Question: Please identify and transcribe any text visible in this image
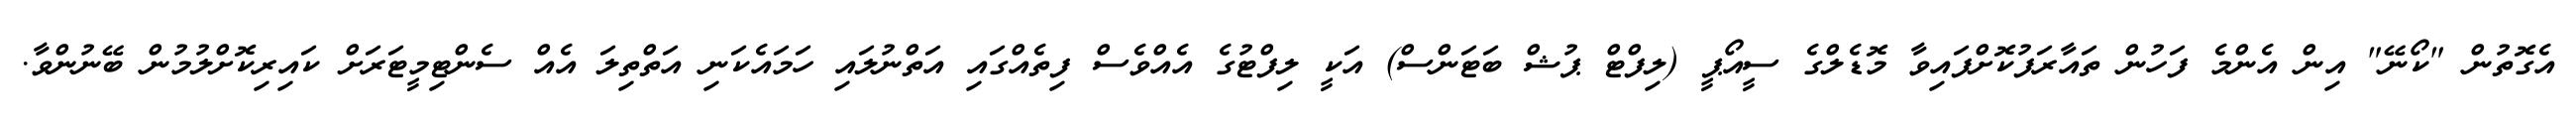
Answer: އެގޮތުން "ކޯނޭ" އިން އެންމެ ފަހުން ތައާރަފުކޮށްފައިވާ މޮޑެލްގެ ސީއޯޕީ (ލިފްޓް ޕުޝް ބަޓަންސް) އަކީ ލިފްޓުގެ އެއްވެސް ފިތެއްގައި އަތްނުލައި ހަމައެކަނި އަތްތިލަ އެއް ސެންޓިމީޓަރަށް ކައިރިކޮށްލުމުން ބޭނުންވާ.